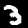
Digit: 3